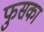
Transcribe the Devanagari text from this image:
फुसका